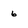
Character: 6